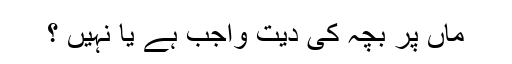
ماں پر بچہ کی دیت واجب ہے یا نہیں ؟